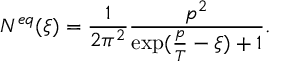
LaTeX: N ^ { e q } ( \xi ) = \frac { 1 } { 2 \pi ^ { 2 } } \frac { p ^ { 2 } } { \exp ( \frac { p } { T } - \xi ) + 1 } .